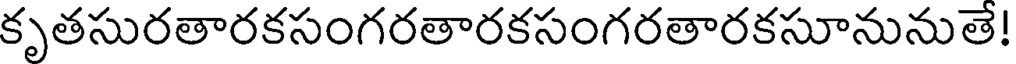
కృతసురతారకసంగరతారకసంగరతారకసూనునుతె!